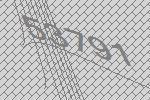
53791